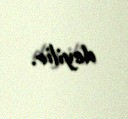
deyilir.